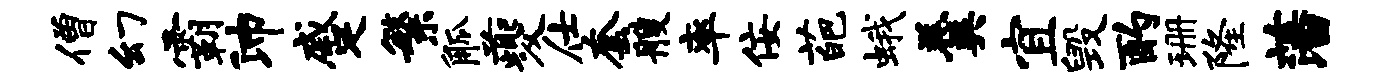
僧幻霸沛蹙繁觚夔仕套艘率佞葩蛾羹宜毁酌珊隆藩